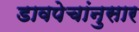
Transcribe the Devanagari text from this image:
डावपेचांनुसार